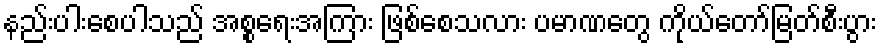
နည်းပါးစေပါသည် အစ္စရေးအကြား ဖြစ်စေသလား ပမာဏတွေ ကိုယ်တော်မြတ်စီးပွား